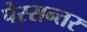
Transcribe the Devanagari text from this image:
पेस्सन्तर